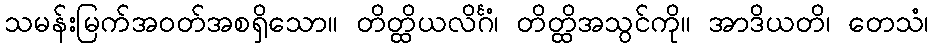
သမန်းမြက်အဝတ်အစရှိသော။ တိတ္ထိယလိင်္ဂံ၊ တိတ္ထိအသွင်ကို။ အာဒိယတိ၊ တေသံ၊